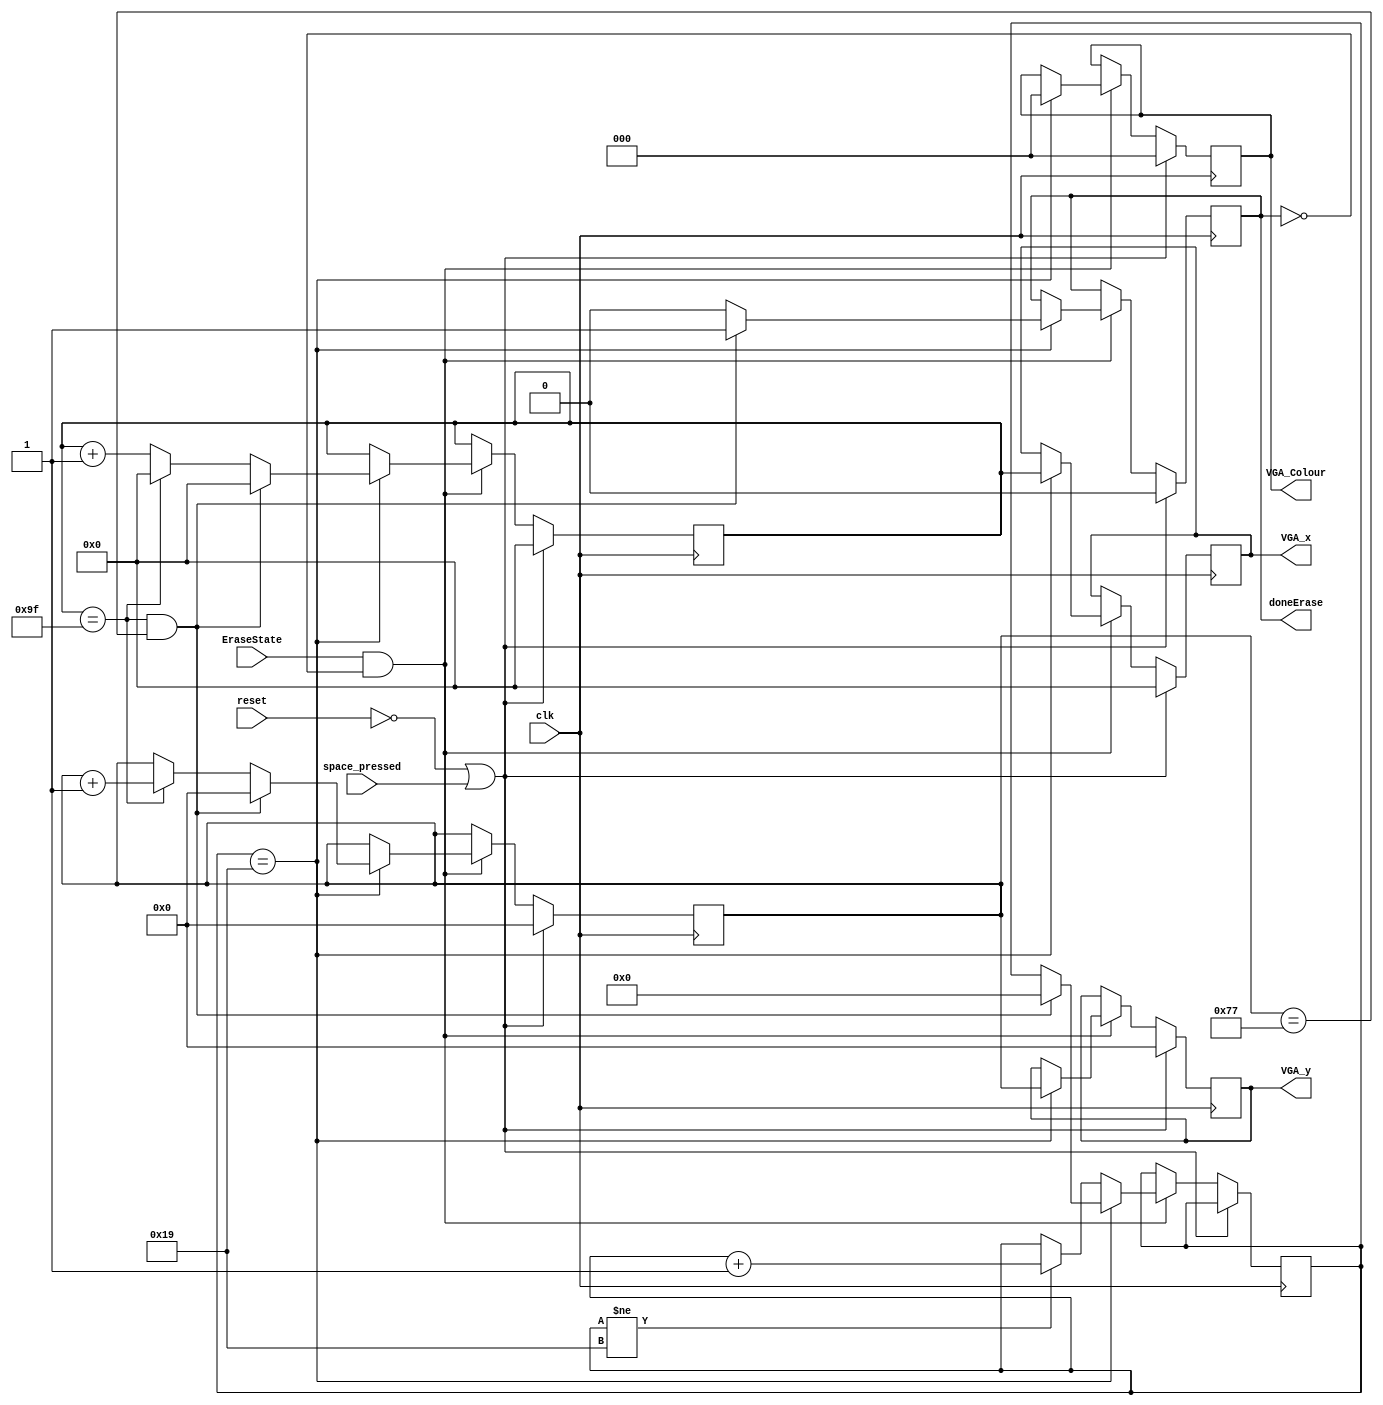
module erase(	
	input clk, reset,
	input EraseState, space_pressed,
	output reg [2:0] VGA_Colour,// VGA pixel colour (RGB)
	output reg [7:0] VGA_x, 
	output reg [6:0] VGA_y,
	output reg doneErase
	);
	
	reg [7:0]bX; 
	reg [6:0]bY;
	reg [21:0] rateDividerCounter;   

	always @ (posedge clk)
	begin
		if (reset == 1'b0 || space_pressed)begin
			VGA_x <= 8'b0;
			VGA_y <= 7'b0;
			VGA_Colour <= 3'b000;//black
			doneErase <= 1'b0;
			bX <= 8'b0;
			bY <=7'b0;
		end
		else if(EraseState && !doneErase)begin
			if ((rateDividerCounter == 22'd25))begin
					 if (bX == 8'd159 && bY == 7'd119) begin
						  bX <= 0;
						  bY <= 0;
						  doneErase <= 1'b1;
						  rateDividerCounter <= 22'b0;
					 end 
					 else if (bX == 8'd159) begin
						  bX <= 0;
						  bY <= bY + 1;
						  doneErase <= 1'b0;
					 end 
					 else begin
						  bX <= bX + 1;
						  doneErase <= 1'b0;
					 end
					 
					 VGA_x <= bX;
					 VGA_y <= bY;
					 VGA_Colour <= 3'b000; 	
            end else if (rateDividerCounter != 22'd25) begin
                rateDividerCounter <= rateDividerCounter + 1;
			end
		end
	end
endmodule